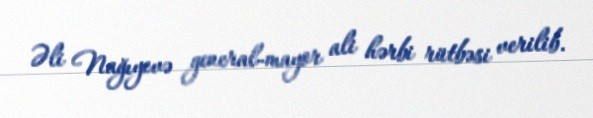
Əli Nağıyevə general-mayor ali hərbi rütbəsi verilib.